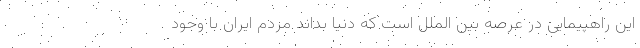
این راهپیمایی در عرصه بین الملل است که دنیا بداند مردم ایران با وجود